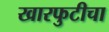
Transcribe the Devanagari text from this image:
खारफुटीचा